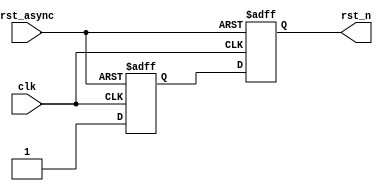
// Generate a synchronous reset
// Reset signal (active low) is released on falling edge of the
// clock, to generate timing violation on rising edges on the clock
module reset_generator (/*AUTOARG*/
  // Outputs
  rst_n,
  // Inputs
  clk, rst_async
  );
  
  input clk;
  input rst_async; // asynchronous reset
  output rst_n;    // synchronous reset
  
  /*AUTOINPUT*/
  /*AUTOOUTPUT*/
  
  /*AUTOREG*/
  /*AUTOWIRE*/

  reg                   rst_async_m; // can be metastable
  reg                   rst_async_r; // can be metastable
  
  always @(negedge clk or negedge rst_async) begin
    if(rst_async == 1'b0) begin
      /*AUTORESET*/
      // Beginning of autoreset for uninitialized flops
      rst_async_m <= 1'h0;
      rst_async_r <= 1'h0;
      // End of automatics
    end
    else begin
      rst_async_m <= 1'b1; // Can be metastable
      rst_async_r <= rst_async_m;
    end
  end
  
  // renaming
  assign rst_n = rst_async_r;


  
  
endmodule // reset_generator
/*  
 Local Variables:
 verilog-library-directories:(
 "."
 )
 End:
 */